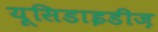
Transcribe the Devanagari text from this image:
यूसिडाइडीज़